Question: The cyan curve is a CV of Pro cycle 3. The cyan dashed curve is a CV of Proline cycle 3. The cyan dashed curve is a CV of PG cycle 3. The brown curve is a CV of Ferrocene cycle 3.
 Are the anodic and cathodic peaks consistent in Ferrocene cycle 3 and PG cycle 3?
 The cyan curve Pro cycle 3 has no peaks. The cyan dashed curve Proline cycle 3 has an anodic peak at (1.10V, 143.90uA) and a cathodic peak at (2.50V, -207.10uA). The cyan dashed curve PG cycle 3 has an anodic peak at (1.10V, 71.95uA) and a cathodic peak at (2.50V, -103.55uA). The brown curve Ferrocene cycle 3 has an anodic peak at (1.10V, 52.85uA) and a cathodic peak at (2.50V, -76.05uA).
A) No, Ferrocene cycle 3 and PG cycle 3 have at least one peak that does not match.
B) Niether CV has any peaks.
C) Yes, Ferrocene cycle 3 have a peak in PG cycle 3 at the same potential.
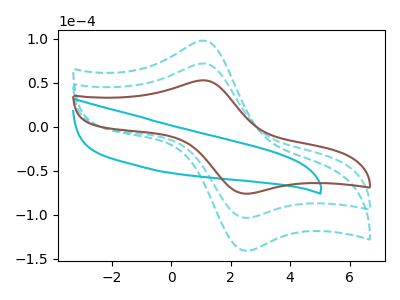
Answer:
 <answer>C) Yes, "Ferrocene cycle 3" have a peak in "PG cycle 3" at the same potential.</answer>
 <eval>C</eval>